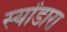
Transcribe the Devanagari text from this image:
स्योंडारा